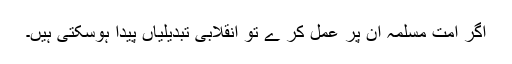
اگر امت مسلمہ ان پر عمل کر ے تو انقلابی تبدیلیاں پیدا ہوسکتی ہیں۔